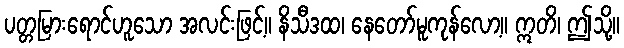
ပတ္တမြားရောင်ဟူသော အလင်းဖြင့်။ နိသီဒထ၊ နေတော်မူကုန်လော့။ ဣတိ၊ ဤသို့။